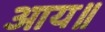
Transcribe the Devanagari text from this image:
आय॥